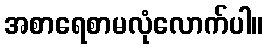
အစာရေစာမလုံလောက်ပါ။